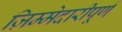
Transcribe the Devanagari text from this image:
ज़िम्मेदारीपूर्ण